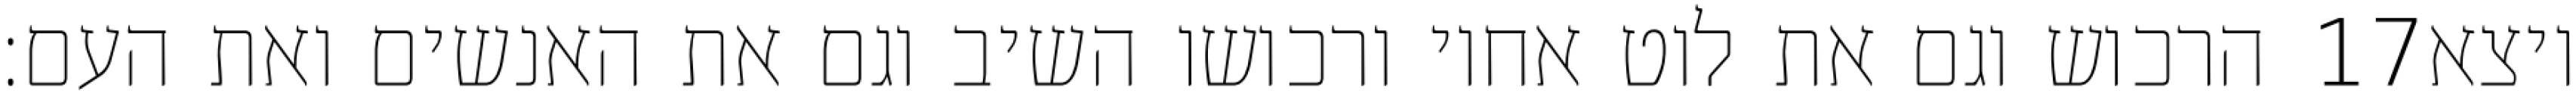
הרכוש וגם את לוט אחיו ורכושו השיב וגם את האנשים ואת העם׃ ‎17‏ ויצא